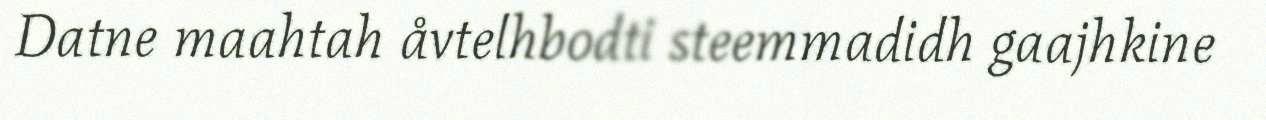
Datne maahtah åvtelhbodti steemmadidh gaajhkine